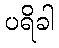
ပရိခါ